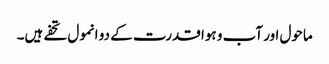
ماحول اور آب و ہوا قدرت کے دو انمول تحفے ہیں۔